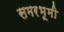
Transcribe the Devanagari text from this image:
समरभूमी